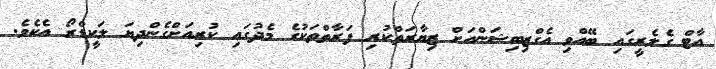
އާޓް ގެލެރީގައި ބޭއްވި އެގްޒިބިޝަންއަށް ޒިޔާރަތްކުރި ފަރާތްތަކުގެ މެދުގައި ކުރިއަށްގެންދިޔަ ލަކީޑްރޯ އެކެވެ.